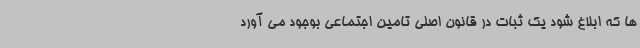
ها که ابلاغ شود یک ثبات در قانون اصلی تامین اجتماعی بوجود می آورد